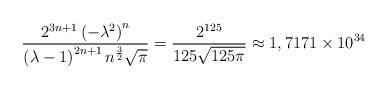
LaTeX: \begin{align*}\frac{2^{3n+1}\left( -\lambda ^{2}\right) ^{n}}{\left( \lambda -1\right)^{2n+1}n^{\frac{3}{2}}\sqrt{\pi }}=\frac{2^{125}}{125\sqrt{125\pi }}\approx1,7171\times 10^{34}\end{align*}